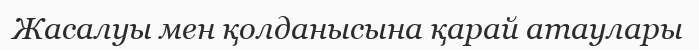
Жасалуы мен қолданысына қарай атаулары